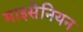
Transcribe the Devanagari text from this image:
माइसेनियन